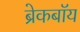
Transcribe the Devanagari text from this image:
ब्रेकबॉय